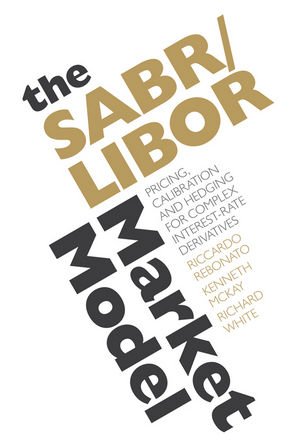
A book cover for The SABR/LIBOR Market Model: Pricing, Calibration and Hedging for Complex Interest-Rate Derivatives; Riccardo Rebonato; Business & Money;